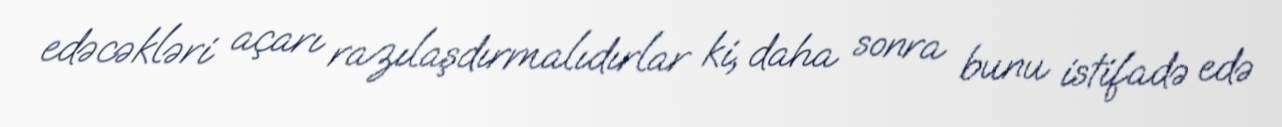
edəcəkləri açarı razılaşdırmalıdırlar ki, daha sonra bunu istifadə edə